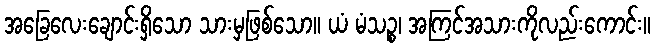
အခြေလေးချောင်းရှိသော သားမှဖြစ်သော။ ယံ မံသဉ္စ၊ အကြင်အသားကိုလည်းကောင်း။